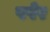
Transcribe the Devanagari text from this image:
पपेर